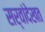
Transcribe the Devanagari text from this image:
सर्वांदेखत